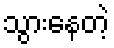
သွားနေတဲ့